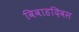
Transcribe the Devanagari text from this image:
विवाहदिवस